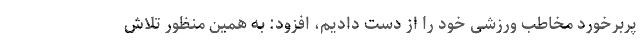
پربرخورد مخاطب ورزشی خود را از دست دادیم، افزود: به همین منظور تلاش